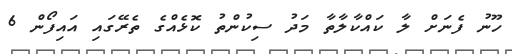
ހޫނު ފެނަށް ލާ ކައްކާލާތާ މަދު ސިކުންތު ކޮޅެއްގެ ތެރޭގައި އައިފޯން 6